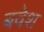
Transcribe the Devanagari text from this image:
बवेश